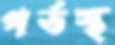
গর্ভস্থ